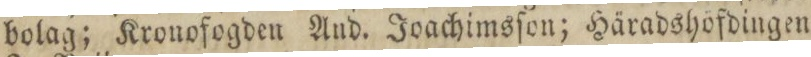
bolag; Kronofogden Aud. Joachimsſon; Häradshöfdingen